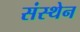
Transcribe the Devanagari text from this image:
संस्थेन